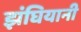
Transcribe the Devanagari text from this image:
झंघियानी